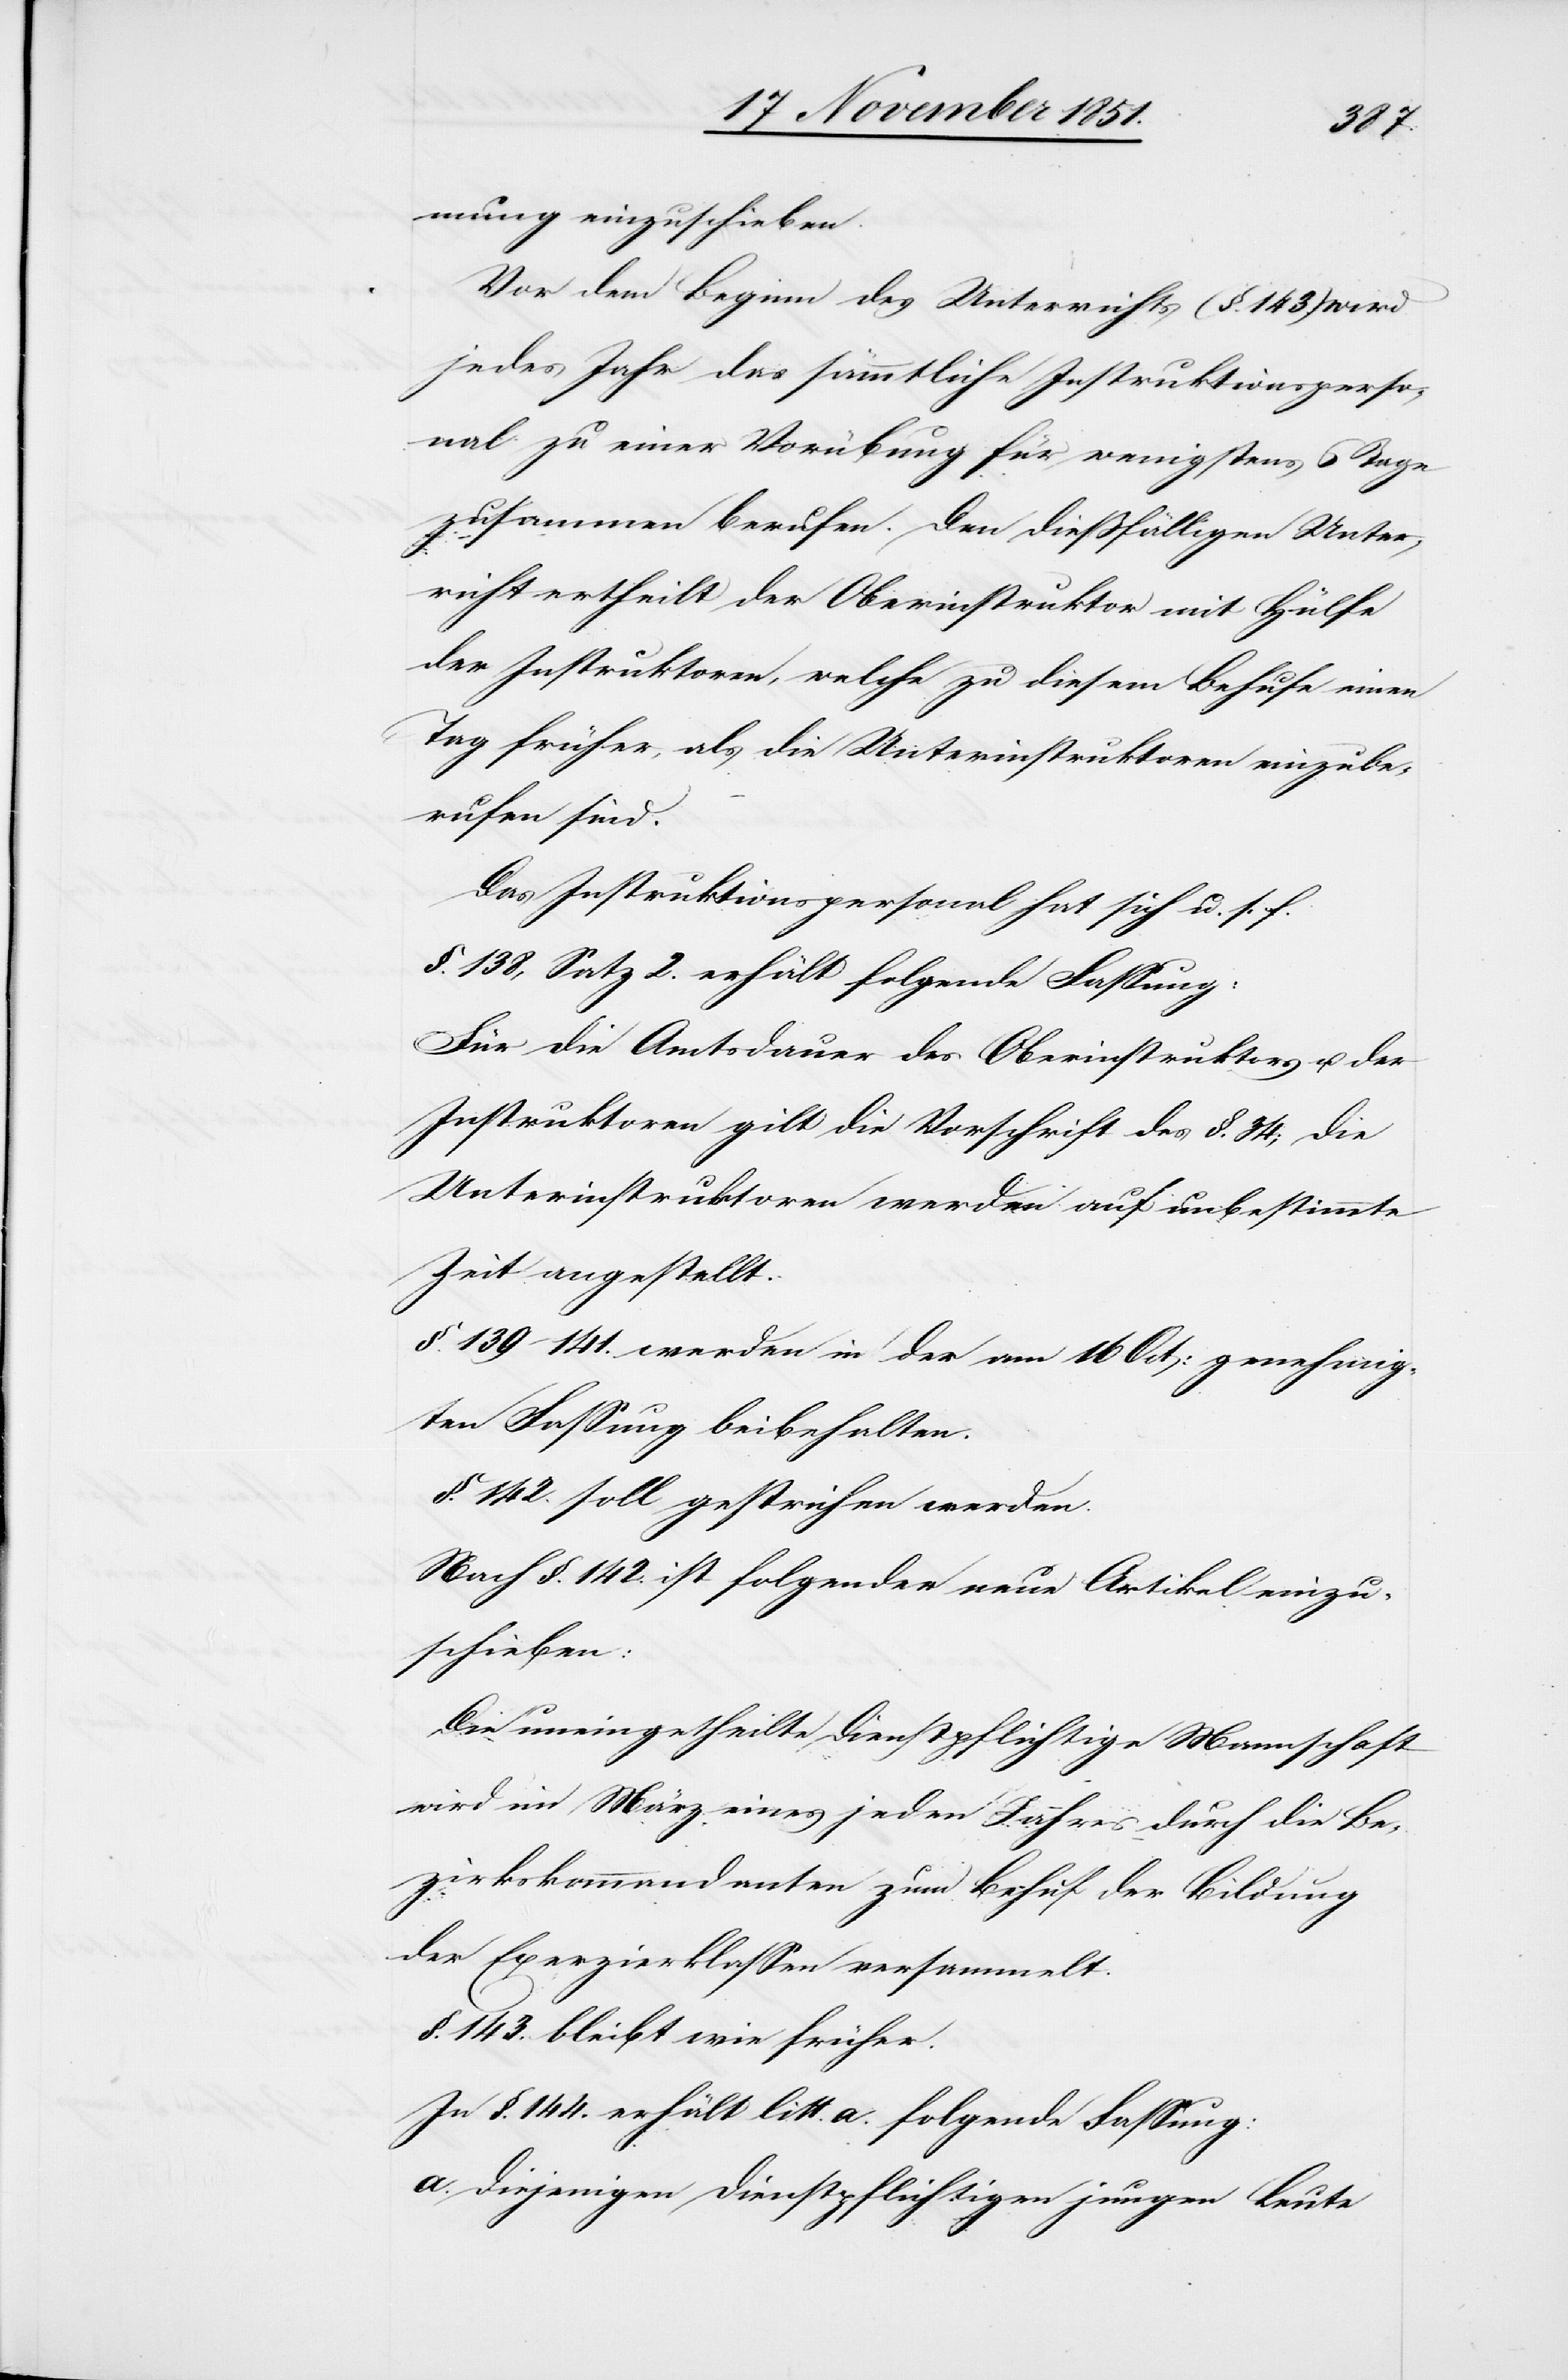
mung einzuschieben.
Vor dem Beginn des Unterrichts (§. 143.) wird
jedes Jahr das sämmtliche Instruktionsperso¬
nal zu einer Vorübung für wenigstens 6 Tage
zusammen berufen. Den dießfälligen Unter¬
richt ertheilt der Oberinstruktor mit Hülfe
der Instruktoren, welche zu diesem Behufe einen
Tag früher, als die Unterinstruktoren einzube¬
rufen sind.
Das Instruktionspersonal hat sich u. s. f.
§. 138, Satz 2. erhält folgende Fassung:
Für die Amtsdauer des Oberinstruktors u. der
Instruktoren gilt die Vorschrift des §. 34; die
Unterinstruktoren werden auf unbestimmte
Zeit angestellt.
§. 139–141. werden in der am 16 Oct: genehmig¬
ten Fassung beibehalten.
§. 142. soll gestrichen werden.
Nach §. 142. ist folgender neue Artikel einzu¬
schieben:
Die uneingetheilte dienstpflichtige Mannschaft
wird im März eines jeden Jahres durch die Be¬
zirkskommandanten zum Behuf der Bildung
der Exerzierklassen versammelt.
§. 143. bleibt wie früher.
In §. 144. erhält litt. a. folgende Fassung:
a. diejenigen dienstpflichtigen jungen Leute